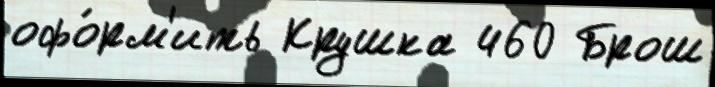
офо́рм'ить Крушка 460 Брош